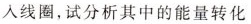
入线圈，试分析其中的能量转化